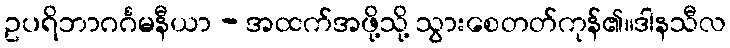
ဥပရိဘာဂင်္ဂမနီယာ - အထက်အဖို့သို့ သွားစေတတ်ကုန်၏။ဒါနသီလ